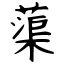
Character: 蕖